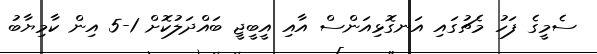
ސެމީގެ ފަހު މެޗުގައި އަނގޮޅިއަންސް އާއި އީބީޖީ ބައްދަލުކޮށް 1-5 އިން ކާމިޔާބު